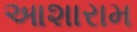
આશારામ